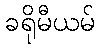
ခရိုမီယမ်